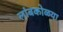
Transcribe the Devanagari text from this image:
लांबकोळया